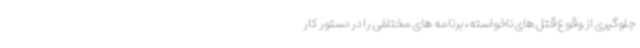
جلوگیری از وقوع قتل های ناخواسته، برنامه های مختلفی را در دستور کار